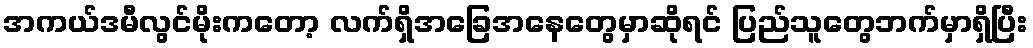
အကယ်ဒမီလွင်မိုးကတော့ လက်ရှိအခြေအနေတွေမှာဆိုရင် ပြည်သူတွေဘက်မှာရှိပြီး